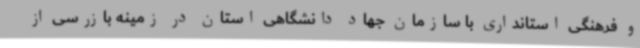
و فرهنگی استانداری با سازمان جهاد دانشگاهی استان در زمینه بازرسی از